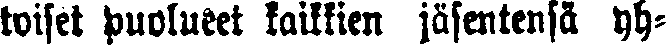
toiset puolueet kaikkien jäsentensä yh-